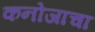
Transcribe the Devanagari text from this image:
कनोजाचा